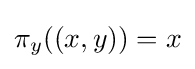
\pi _{y}((x,y))=x